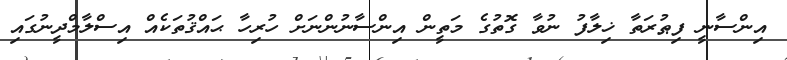
އިންސާނީ ފިޠުރަތާ ޚިލާފު ނުވާ ގޮތުގެ މަތީން އިންސާނުންނަށް ހުރިހާ ޙައްޤުތަކެއް އިސްލާމްދީނުގައި